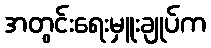
အတွင်းရေးမှူးချုပ်က